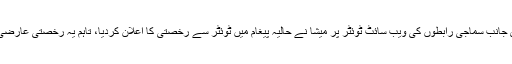
دوسری جانب سماجی رابطوں کی ویب سائٹ ٹوئٹر پر میشا نے حالیہ پیغام میں ٹوئٹر سے رخصتی کا اعلان کردیا، تاہم یہ رخصتی عارضی ہوگی۔